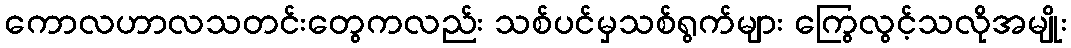
ကောလဟာလသတင်းတွေကလည်း သစ်ပင်မှသစ်ရွက်များ ကြွေလွင့်သလိုအမျိုး